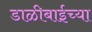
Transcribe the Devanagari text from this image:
डाळीबाईच्या